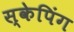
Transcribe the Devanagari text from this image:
स्केपिंग